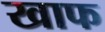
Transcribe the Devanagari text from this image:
खाफ